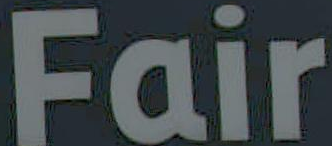
Fair